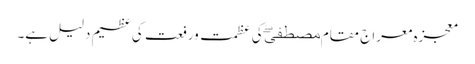
معجزہ معراج مقام مصطفیۖ کی عظمت ورفعت کی عظیم دلیل ہے۔